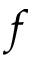
f